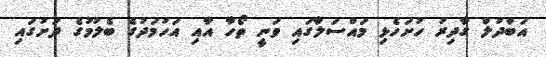
އަބްދުލް ގާދިރު ހުށަހެޅި މައްސަލާގައި ވަނީ ތޯހާ އާއި އަހުމަދުގެ ބެލުމުގެ ދަށުގައި